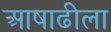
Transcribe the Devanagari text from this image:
आषाढीला